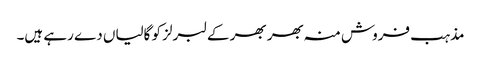
مذہب فروش منہ بھر بھر کے لبرلز کو گالیاں دے رہے ہیں۔